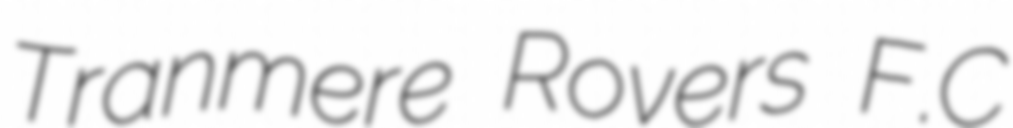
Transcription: Tranmere Rovers F.C